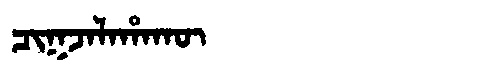
Manchu: ᠴᡳᡴᠵᠠᠯᠠᡥᠠᡴᡡ
Romanization: CIKJALAHAKŪ